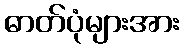
ဓာတ်ပုံများအား